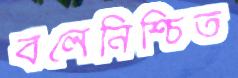
বলেনিশ্চিত